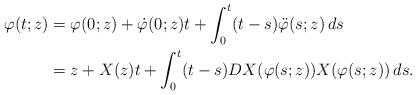
LaTeX: \begin{align*}\begin{aligned}\varphi(t;z) &= \varphi(0;z) + \dot{\varphi}(0;z) t + \int_{0}^t (t-s) \ddot{\varphi}(s;z) \,ds \\&=z+X(z) t + \int_{0}^t (t-s)DX(\varphi(s;z)) X(\varphi(s;z))\, ds .\end{aligned}\end{align*}